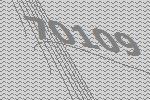
70109